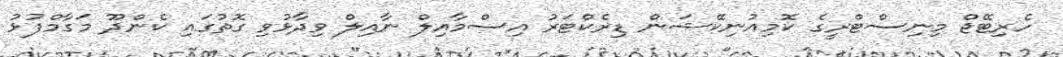
ހެރިޓޭޖް މިނިސްޓްރީގެ ކޮމިއުނިކޭޝަން ޑިރެކްޓަރު އިސްމާއިލް ނާއިލް ވިދާޅުވި ގޮތުގައި ކެންދޫ މަގާމްފުޅު